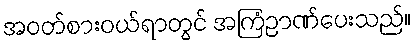
အဝတ်စားဝယ်ရာတွင် အကြံဉာဏ်ပေးသည်။